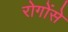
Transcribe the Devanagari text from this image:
रोगोंसे